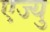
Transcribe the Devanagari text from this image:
एज्यु